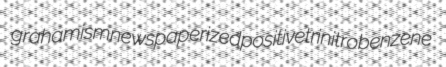
grahamism newspaperized positive trinitrobenzene